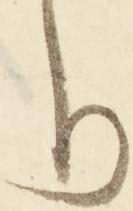
り